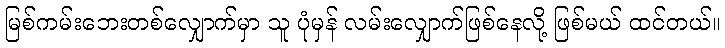
မြစ်ကမ်းဘေးတစ်လျှောက်မှာ သူ ပုံမှန် လမ်းလျှောက်ဖြစ်နေလို့ ဖြစ်မယ် ထင်တယ်။